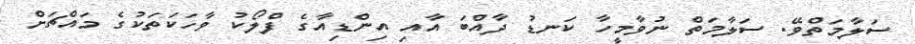
ސަލާމަތްވޭ. ސަލާމަތް ނުވާމީހާ ކަނޑު ދާއްބަ އާއި އިންޑިއާގެ ފްލޯކު ވާހަކަތަކުގެ މައްޗަށް